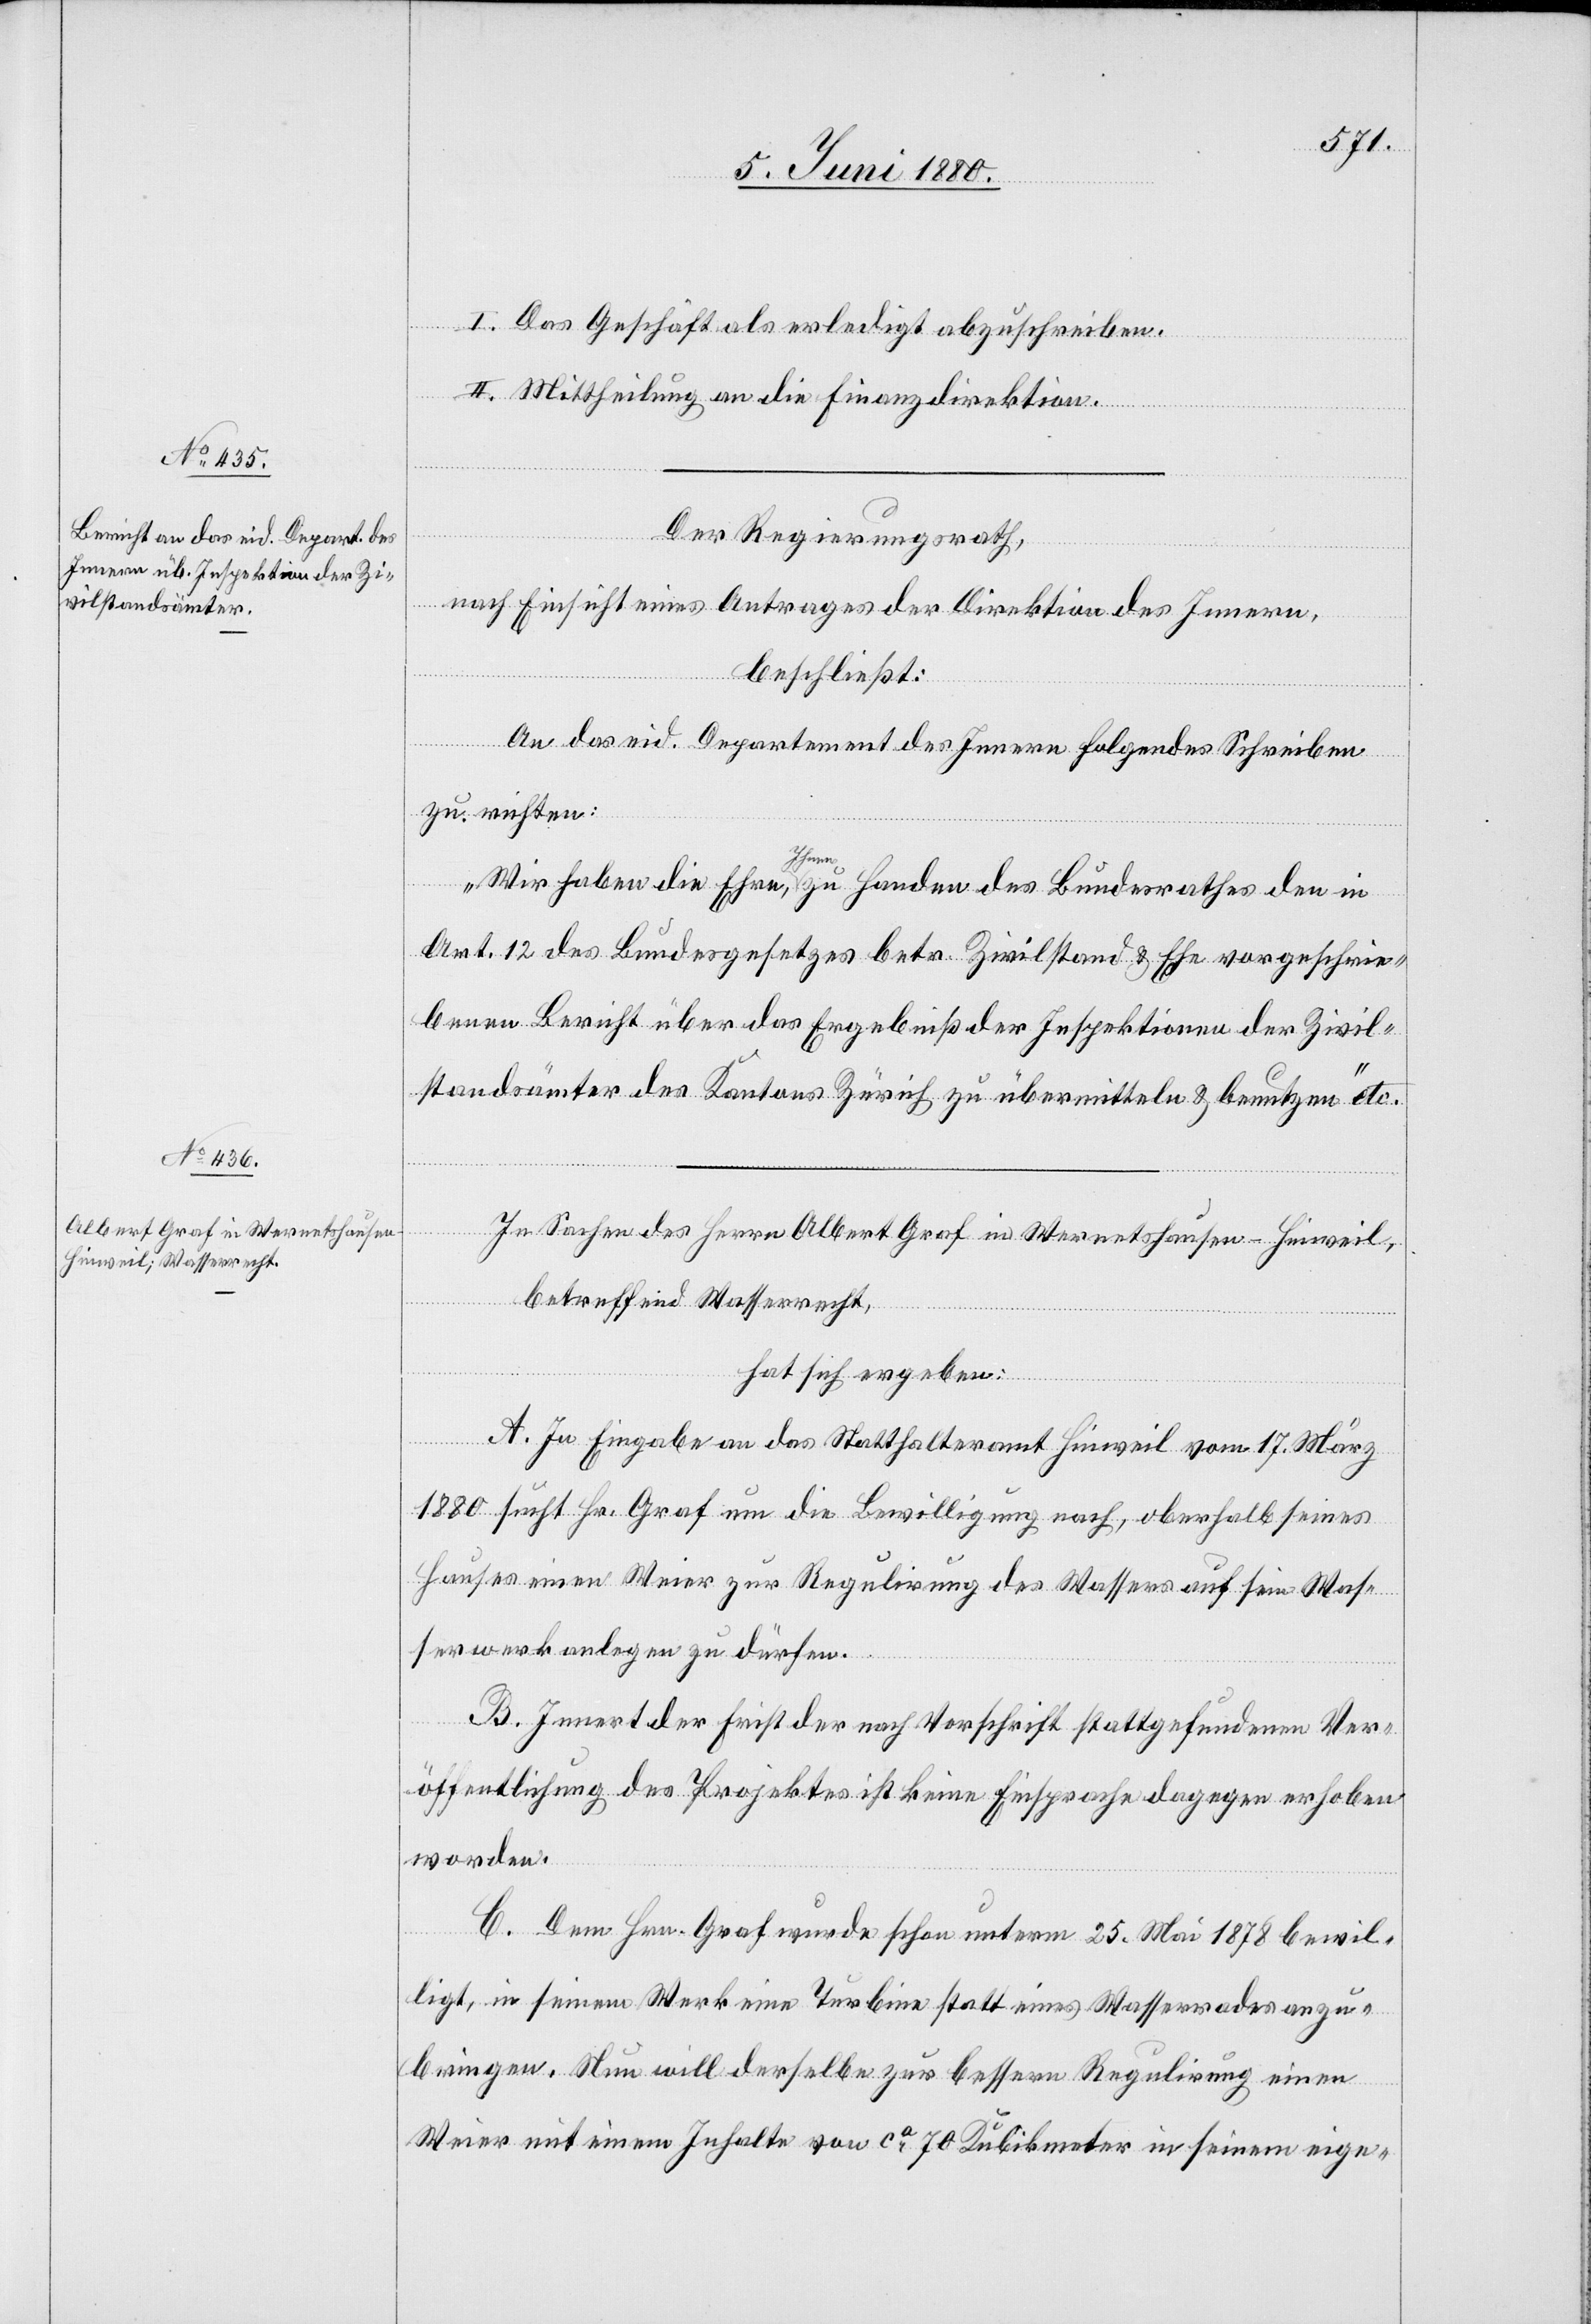
I. Das Geschäft als erledigt abzuschreiben.
II. Mittheilung an die Finanzdirektion.
Der Regierungsrath,
nach Einsicht eines Antrages der Direktion des Innern,
beschließt:
An das eid. Departement des Innern folgendes Schreiben
zu richten:
„Wir haben die Ehre, Ihnen zu Handen des Bundesrathes den in
Art. 12 des Bundesgesetzes betr. Zivilstand & Ehe vorgeschrie¬
benen Bericht über das Ergebniß der Inspektionen der Zivil¬
standsämter des Kantons Zürich zu übermitteln & benutzen“ etc.
In Sachen des Herrn Albert Graf in Wernetshausen - Hinweil,
betreffend Wasserrecht,
hat sich ergeben:
A. In Eingabe an das Statthalteramt Hinweil vom 17. März
1880 sucht Hr. Graf um die Bewilligung nach, oberhalb seines
Hauses einen Weier zur Regulirung des Wassers auf sein[en] Was¬
serwerksanlagen zu dürfen.
B. Innert der Frist der nach Vorschrift stattgefundenen Ver¬
öffentlichung des Projektes ist keine Einsprache dagegen erhoben
worden.
C. Dem Hrn. Graf wurde schon unterm 25. Mai 1878 bewil¬
ligt, in seinem Werk eine Turbine statt eines Wasserrades anzu¬
bringen. Nun will derselbe zur bessern Regulirung einen
Weier mit einem Inhalte von ca 70 Kubikmeter in seinem eige-